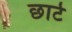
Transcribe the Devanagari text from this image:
छार्ट